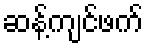
ဆန့်ကျင်ဖက်